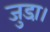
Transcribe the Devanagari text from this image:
जुडा़।